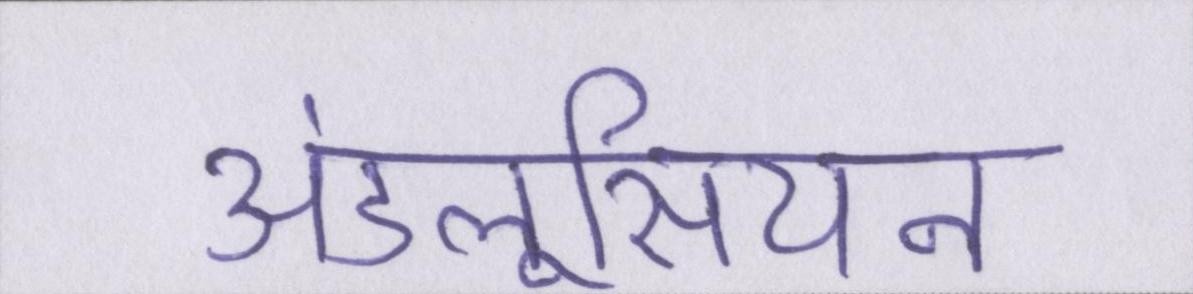
अंडलूसियन